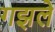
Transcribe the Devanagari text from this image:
गझले